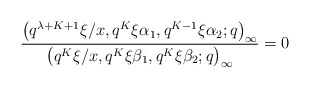
\begin{align*}& \frac{\big(q^{\lambda+K+1}\xi/x, q^K\xi\alpha_1, q^{K-1}\xi\alpha_2 ;q\big)_{\infty}}{\big(q^K\xi/x, q^K\xi\beta_1, q^K\xi\beta_2 ;q\big)_{\infty}} =0\end{align*}